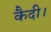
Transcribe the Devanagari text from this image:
कैदी।